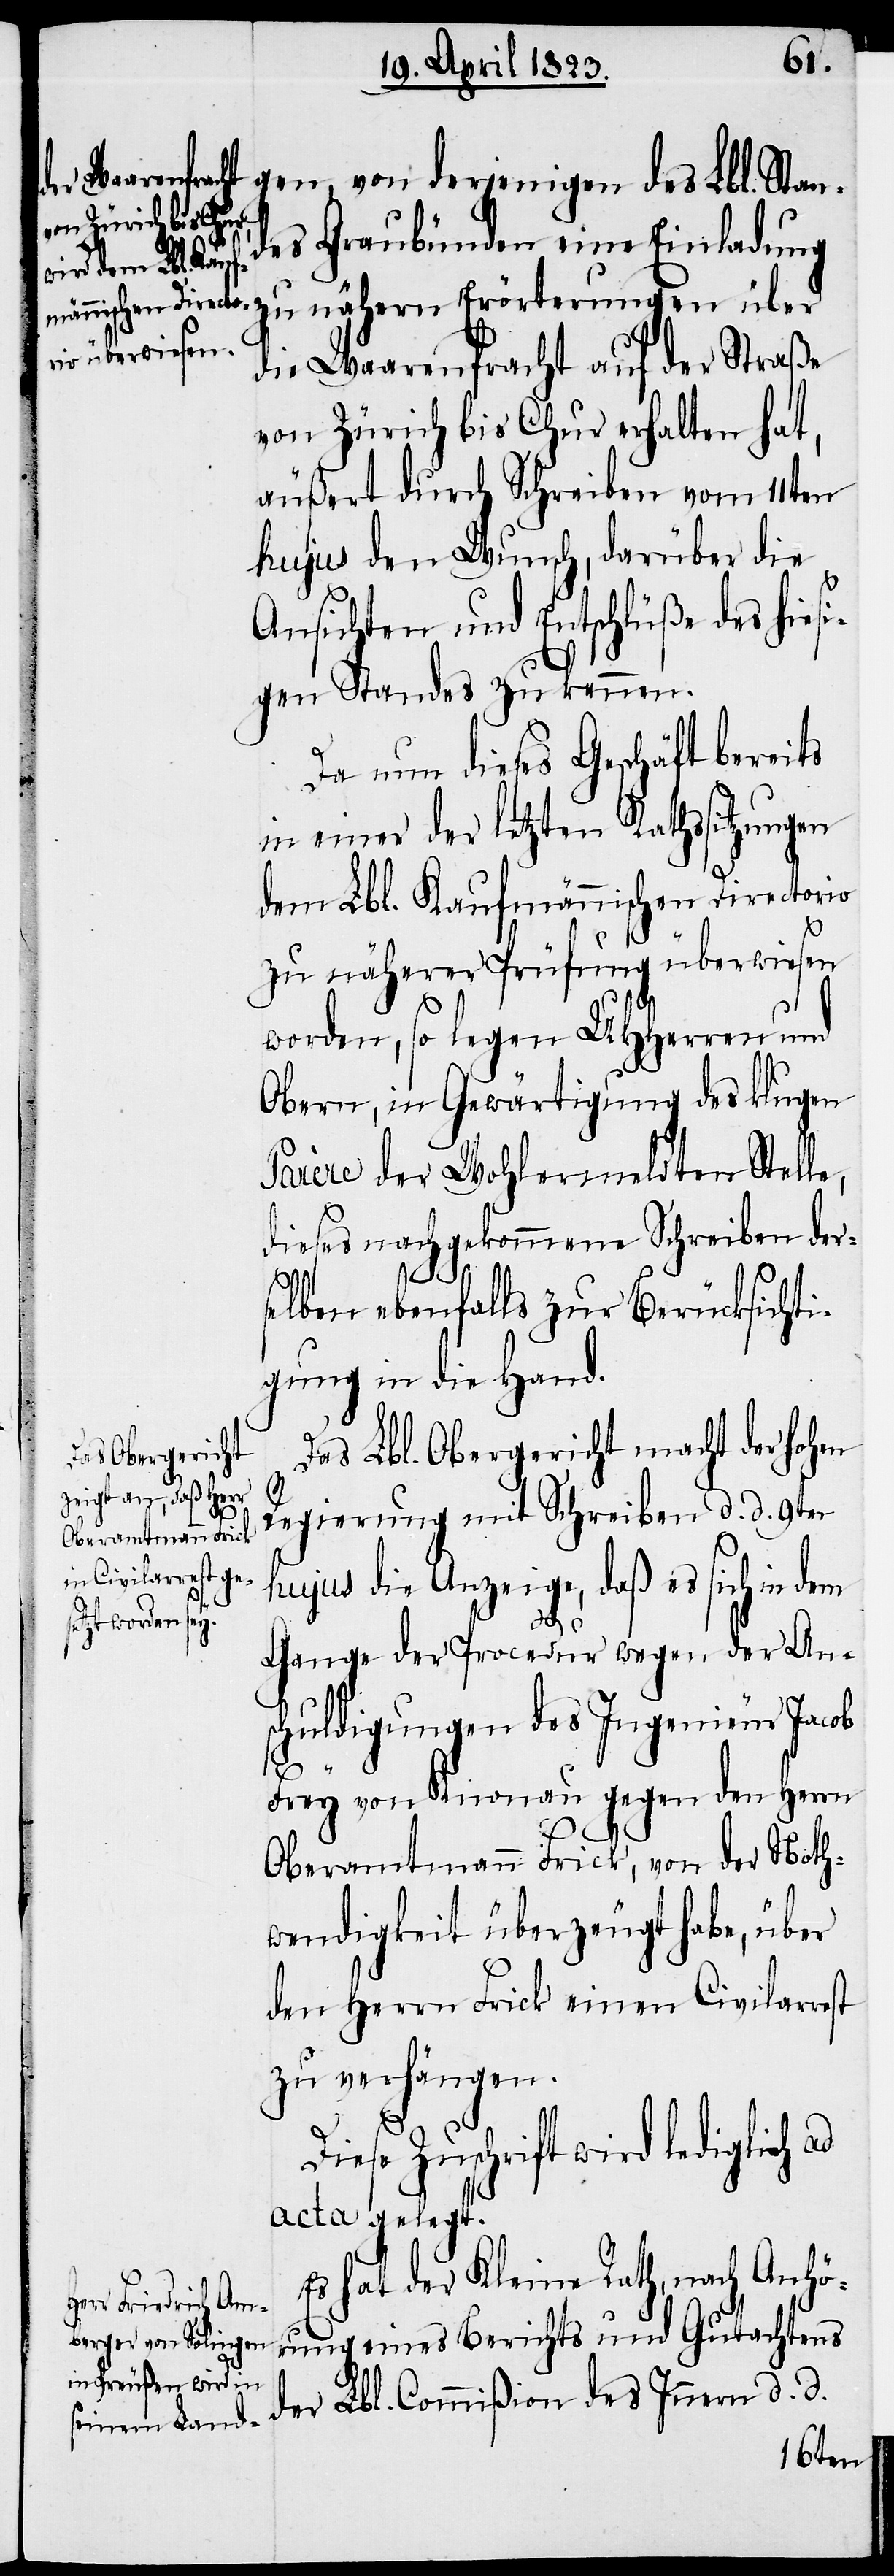
des Innern
gen, von derjenigen des Lbl. Stan¬
des Graubünden eine Einladung
zu nähern Erörterungen über
die Waarenfracht auf der Straße
von Zürich bis Chur erhalten hat,
äußert durch Schreiben vom 11ten
hujus den Wunsch, darüber die
Ansichten und Entschlüße des hiesi¬
gen Standes zu kennen.
Da nun dieses Geschäft bereits
in einer der letzten Rathssitzungen
dem Lbl. Kaufmännischen Directorio
zu näherer Prüfung überwiesen
worden, so legen UHHerren und
Obern, in Gewärtigung des klugen
Parère der Wohlermeldten Stelle,
dieses nachgekommene Schreiben der¬
selben ebenfalls zur Berücksichti¬
gung in die Hand.
Das Lbl. Obergericht macht der hohen
Regierung mit Schreiben d. d. 9ten
hujus die Anzeige, daß es sich in dem
d.
Gange der Procedur wegen der An¬
schuldigungen des Ingenieur Jacob
Frey von Knonau gegen den Herrn
Oberamtmann Frick, von der Noth¬
wendigkeit überzeugt habe, über
den Herrn Frick einen Civilarrest
zu verhängen.
Diese Zuschrift wird lediglich
acta gelegt.
Es hat der Kleine Rath, nach Anhö¬
rung eines Berichts und Gutachtens